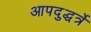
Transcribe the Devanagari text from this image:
आपदुद्धर्त्रे